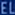
Transcribetheimage